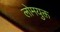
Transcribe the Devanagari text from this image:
लोमयुक्त